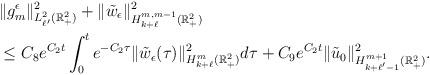
LaTeX: \begin{align*}& \| g^\epsilon_m\|_{L^2_{\ell'}(\mathbb{R}^2_+)}^2 + \| \tilde{w}_\epsilon\|_{H^{m, m-1}_{k+\ell}(\mathbb{R}^2_+)}^2 \\& \le C_8 e^{C_2 t}\int^t_0e^{-C_2 \tau}\| \tilde{w}_\epsilon(\tau)\|_{H^m_{k+\ell}(\mathbb{R}^2_+)}^2 d\tau+C_9e^{C_2 t}\| \tilde{u}_0\|_{H^{m+1}_{k + \ell'-1}(\mathbb{R}^2_+)}^2 .\end{align*}